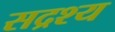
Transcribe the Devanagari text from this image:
सद्रश्य